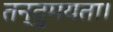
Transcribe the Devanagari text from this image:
तन्तुमयता।